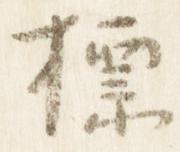
標